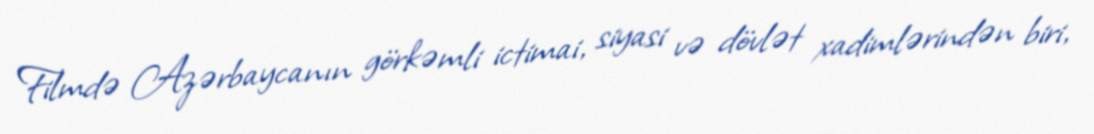
Filmdə Azərbaycanın görkəmli ictimai, siyasi və dövlət xadimlərindən biri,